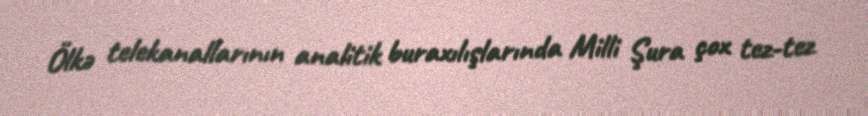
Ölkə telekanallarının analitik buraxılışlarında Milli Şura çox tez-tez